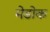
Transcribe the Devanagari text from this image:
मेडोक